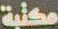
مكتبة